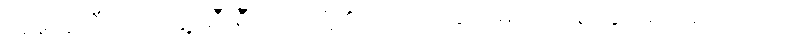
လူမှုကူညီရေးအဖွဲ့ ဆီးရီးယားတို့၏ သည့်အချက်များကို ခံရနိုင်မည်မဟုတ်ပေ